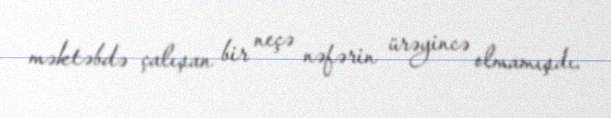
məktəbdə çalışan bir neçə nəfərin ürəyincə olmamışdı.